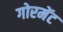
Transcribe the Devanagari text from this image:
गोरमेंट